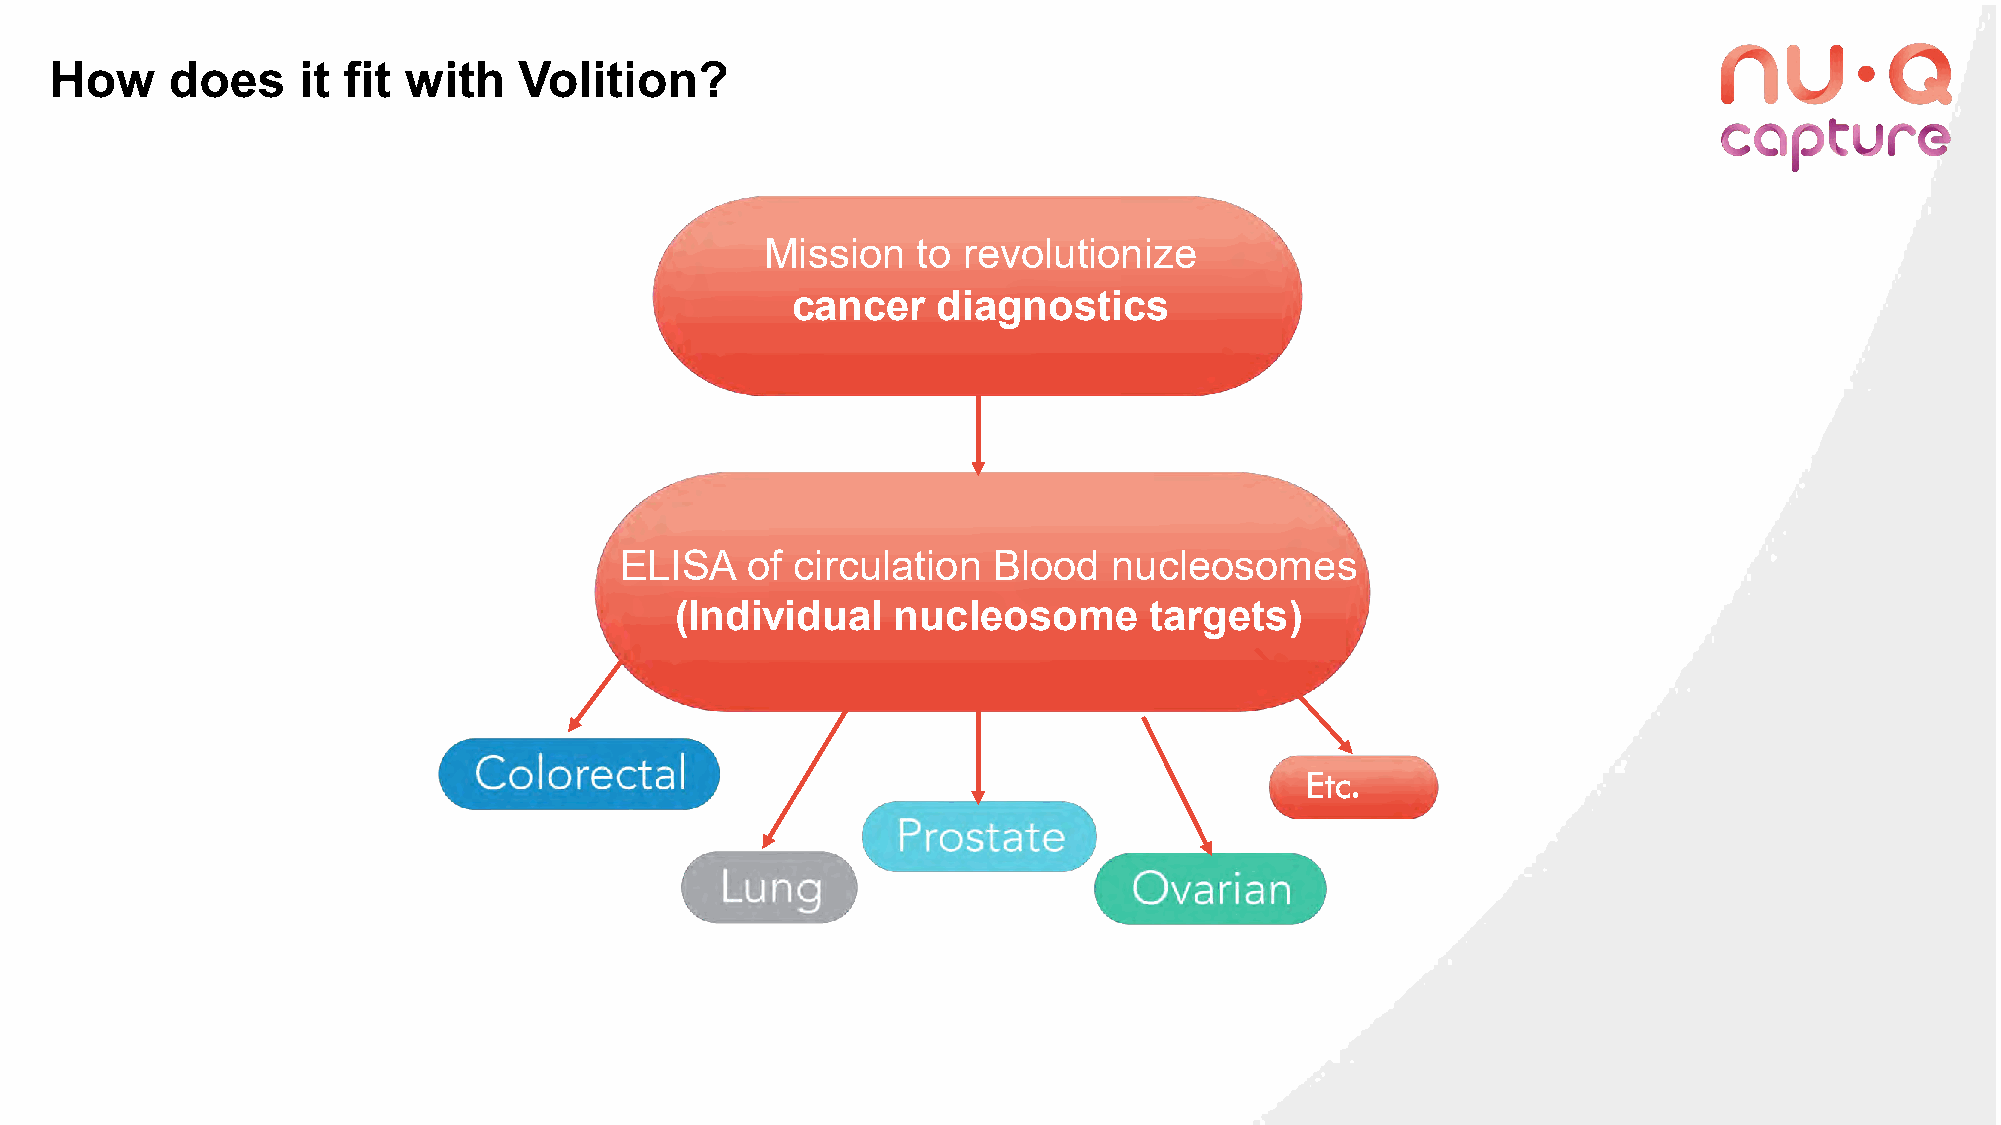
How     does     it fit with   Volition?
 Mission   to revolutionize
 cancer    diagnostics
 ELISA   of  circulation  Blood   nucleosomes
 (Individual   nucleosome       targets)
 Etc.